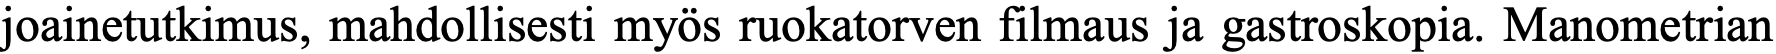
joainetutkimus, mahdollisesti myös ruokatorven filmaus ja gastroskopia. Manometrian